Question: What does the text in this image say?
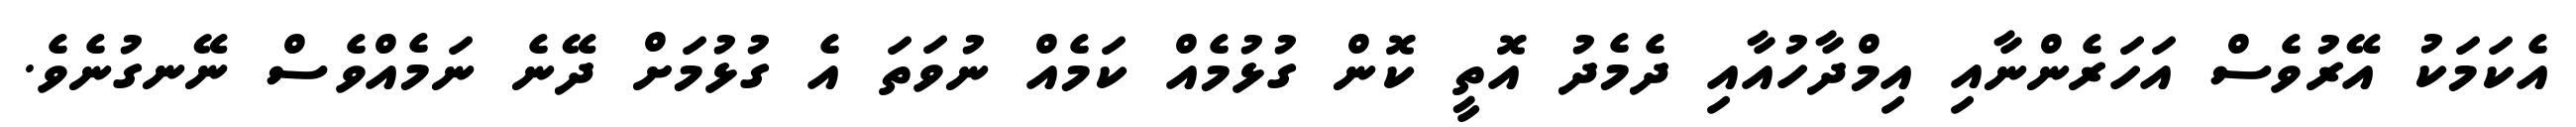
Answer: އެކަމަކު އޭރުވެސް އަހަރެންނާއި އިމްދާހުއާއި ދެމެދު އޮތީ ކޮން ގުޅުމެއް ކަމެއް ނުވަތަ އެ ގުޅުމަށް ދޭނެ ނަމެއްވެސް ނޭނގުނެވެ.